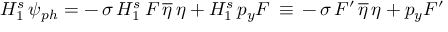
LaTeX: H _ { 1 } ^ { s } \, \psi _ { p h } = - \, \sigma \, H _ { 1 } ^ { s } \, F \, \overline { { { \eta } } } \, \eta + H _ { 1 } ^ { s } \, p _ { y } F \, \equiv \, - \, \sigma \, F ^ { \prime } \, \overline { { { \eta } } } \, \eta + p _ { y } F ^ { \prime }